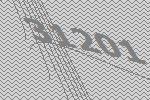
31201